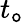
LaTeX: t_{\mathtt{o}}